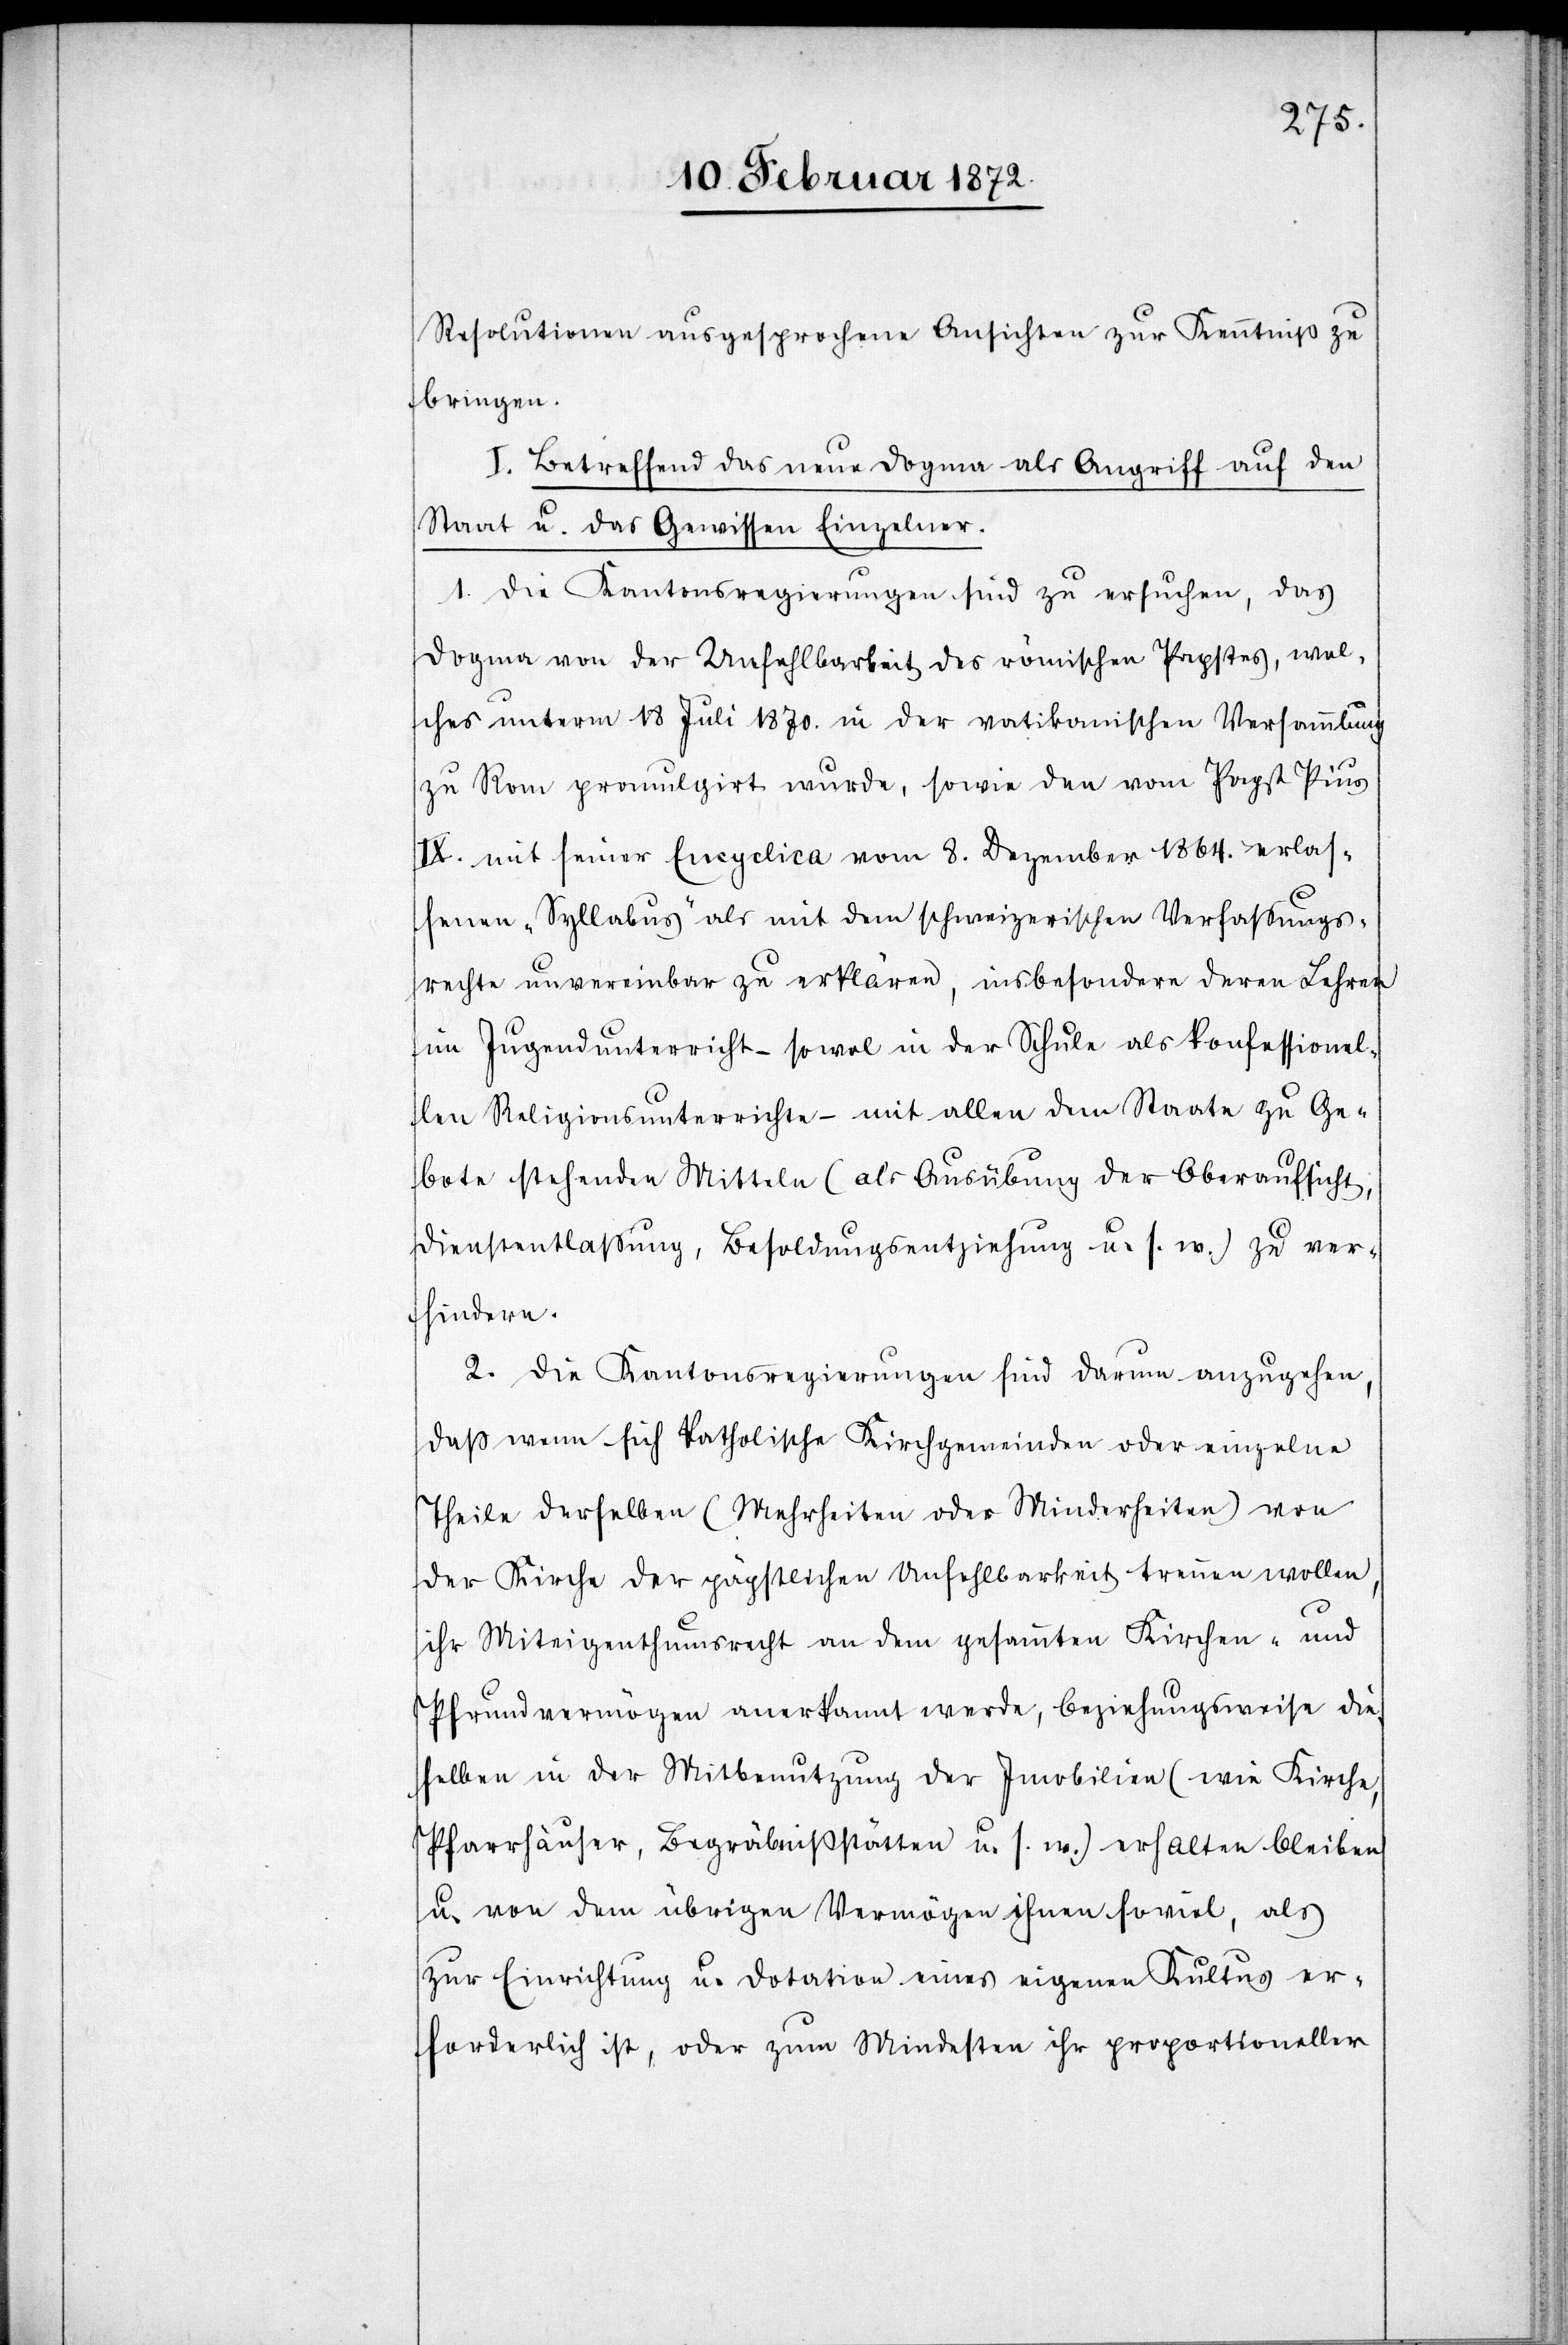
Resolutionen ausgesprochene Ansichten zur Kenntniß zu
bringen.
I. Betreffend das neue Dogma als Angriff auf den
Staat u. das Gewissen Einzelner.
1. Die Kantonsregierungen sind zu ersuchen, das
Dogma von der Unfehlbarkeit des römischen Papstes, wel¬
ches unterm 18 Juli 1870. in der vatikanischen Versammlung
zu Rom promulgirt wurde, sowie den vom Papst Pius
IX. mit seiner Encyclica vom 8. Dezember 1864. erlas¬
senen „Syllabus“ als mit dem schweizerischen Verfassungs¬
rechte unvereinbar zu erklären, insbesondere deren Lehre
im Jugendunterricht – sowol in der Schule als konfessionel¬
len Religionsunterrichte – mit allen dem Staate zu Ge¬
bote stehenden Mitteln (als Ausübung der Oberaufsicht,
Dienstentlassung, Besoldungsentziehung u. s. w.) zu ver¬
hindern.
2. Die Kantonsregierungen sind darum anzugehen,
daß wenn sich katholische Kirchgemeinden oder einzelne
Theile derselben (Mehrheiten oder Minderheiten) von
der Kirche der päpstlichen Unfehlbarkeit trennen wollen,
ihr Miteigenthumsrecht an dem gesammten Kirchen- und
Pfrundvermögen anerkannt werde, beziehungsweise die¬
selben in der Mitbenutzung der Imobilien (wie Kirche,
Pfarrhäuser, Begräbnißstätten u. s. w.) erhalten bleiben
u. von dem übrigen Vermögen ihnen soviel, als
zur Einrichtung u. Dotation eines eigenen Kultus er¬
forderlich ist, oder zum Mindesten ihr proportioneller